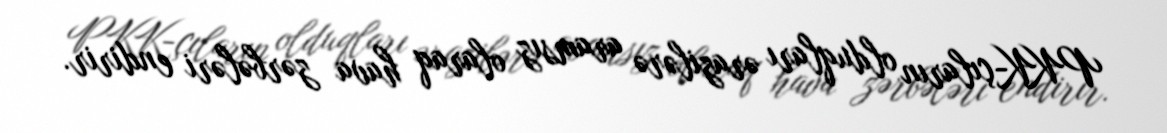
PKK-çıların olduqları ərazilərə aramsız olaraq hava zərbələri endirir.